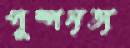
পুষ্পনৃত্য